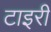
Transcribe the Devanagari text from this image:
टाइरी